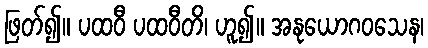
ဖြတ်၍။ ပထဝီ ပထဝီတိ၊ ဟူ၍။ အနုယောဂဝသေန၊